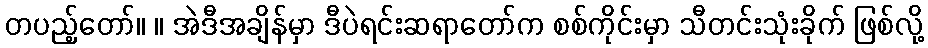
တပည့်တော်။ ။ အဲဒီအချိန်မှာ ဒီပဲရင်းဆရာတော်က စစ်ကိုင်းမှာ သီတင်းသုံးခိုက် ဖြစ်လို့